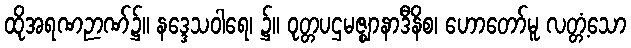
ထိုအရဏဉာဏ်၌။ နဒ္ဒေသဝါရေ၊ ၌။ ဝုတ္တပဌမဇ္ဈာနာဒီနိစ၊ ဟောတော်မူ လတ္တံ့သော